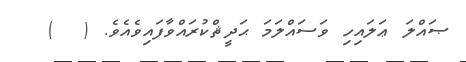
ޞައްލަ ޢަލައިހި ވަސައްލަމަ ޙަދީޘްކުރައްވާފައިވެއެވެ. (  )